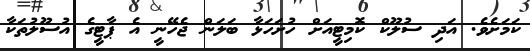
ކަމަށެވެ. އަދި ސުލޫކް ކޮމިޓީއަށް ހުށަހަޅާ ބަލަން ޖެހޭނީ އެ ޕާޓީގެ އުސޫލުތަކާ